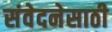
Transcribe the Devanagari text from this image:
संवेदनेसाठी